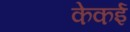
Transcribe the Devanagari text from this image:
केकई